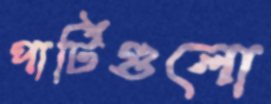
পার্টিগুলো